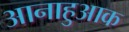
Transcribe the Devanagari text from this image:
आनाहुआक